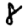
Digit: 8